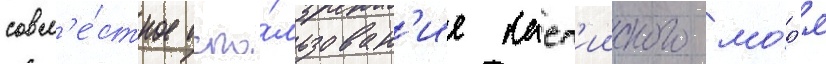
совм'е́стное испо́льзован'ие касп'ииского мо́р'я